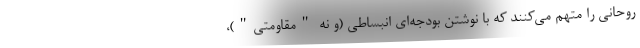
روحانی را متهم می‌کنند که با نوشتن بودجه‌ای انبساطی (و نه "مقاومتی")،